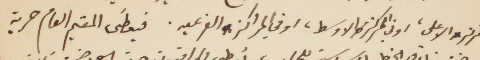
المركز الأعلى، او في المركز الاوسط، او في المراكز الفرعيه. فيعطى المقيم العام حرية